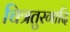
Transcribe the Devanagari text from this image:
चित्रतुरगादि